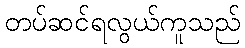
တပ်ဆင်ရလွယ်ကူသည်